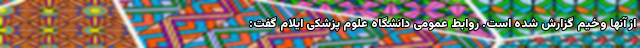
از آنها وخیم گزارش شده است. روابط عمومی دانشگاه علوم پزشکی ایلام گفت: